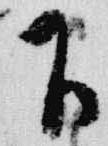
下